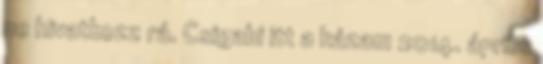
ne hivatkozz rá. Csigabi itt a házam 2014. április